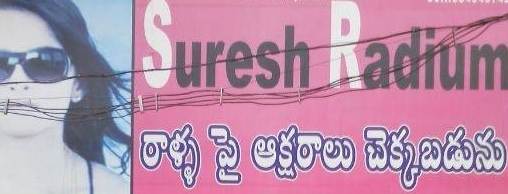
Language: telugu
Transcription: పై అక్షరాలు చెక్కబడును రాళ్ళ